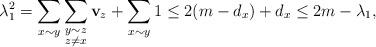
LaTeX: \begin{align*}\lambda_1^2 = \sum_{x\sim y}\sum_{\substack{y\sim z \\ z\not = x}} \mathbf{v}_z +\sum_{x\sim y} 1 \leq 2(m-d_x) + d_x \leq 2m-\lambda_1,\end{align*}